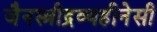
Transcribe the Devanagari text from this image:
जैनस्त्रीद्रव्यहीनेसी